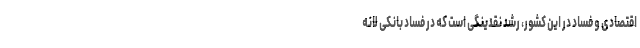
اقتصادی و فساد در این کشور، رشد نقدینگی است که در فساد بانکی لانه